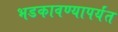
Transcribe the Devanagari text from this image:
भडकावण्यापर्यंत